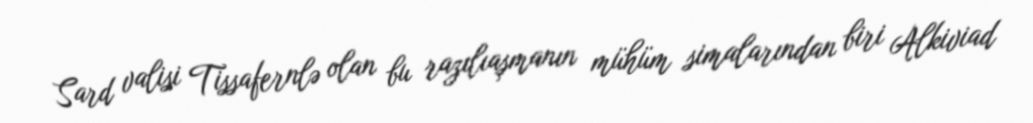
Sard valisi Tissafernlə olan bu razılıaşmanın mühüm simalarından biri Alkiviad